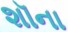
શૉના